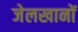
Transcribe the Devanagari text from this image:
जेलखानों